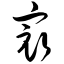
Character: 最